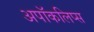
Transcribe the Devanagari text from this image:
अपॉकलिप्स